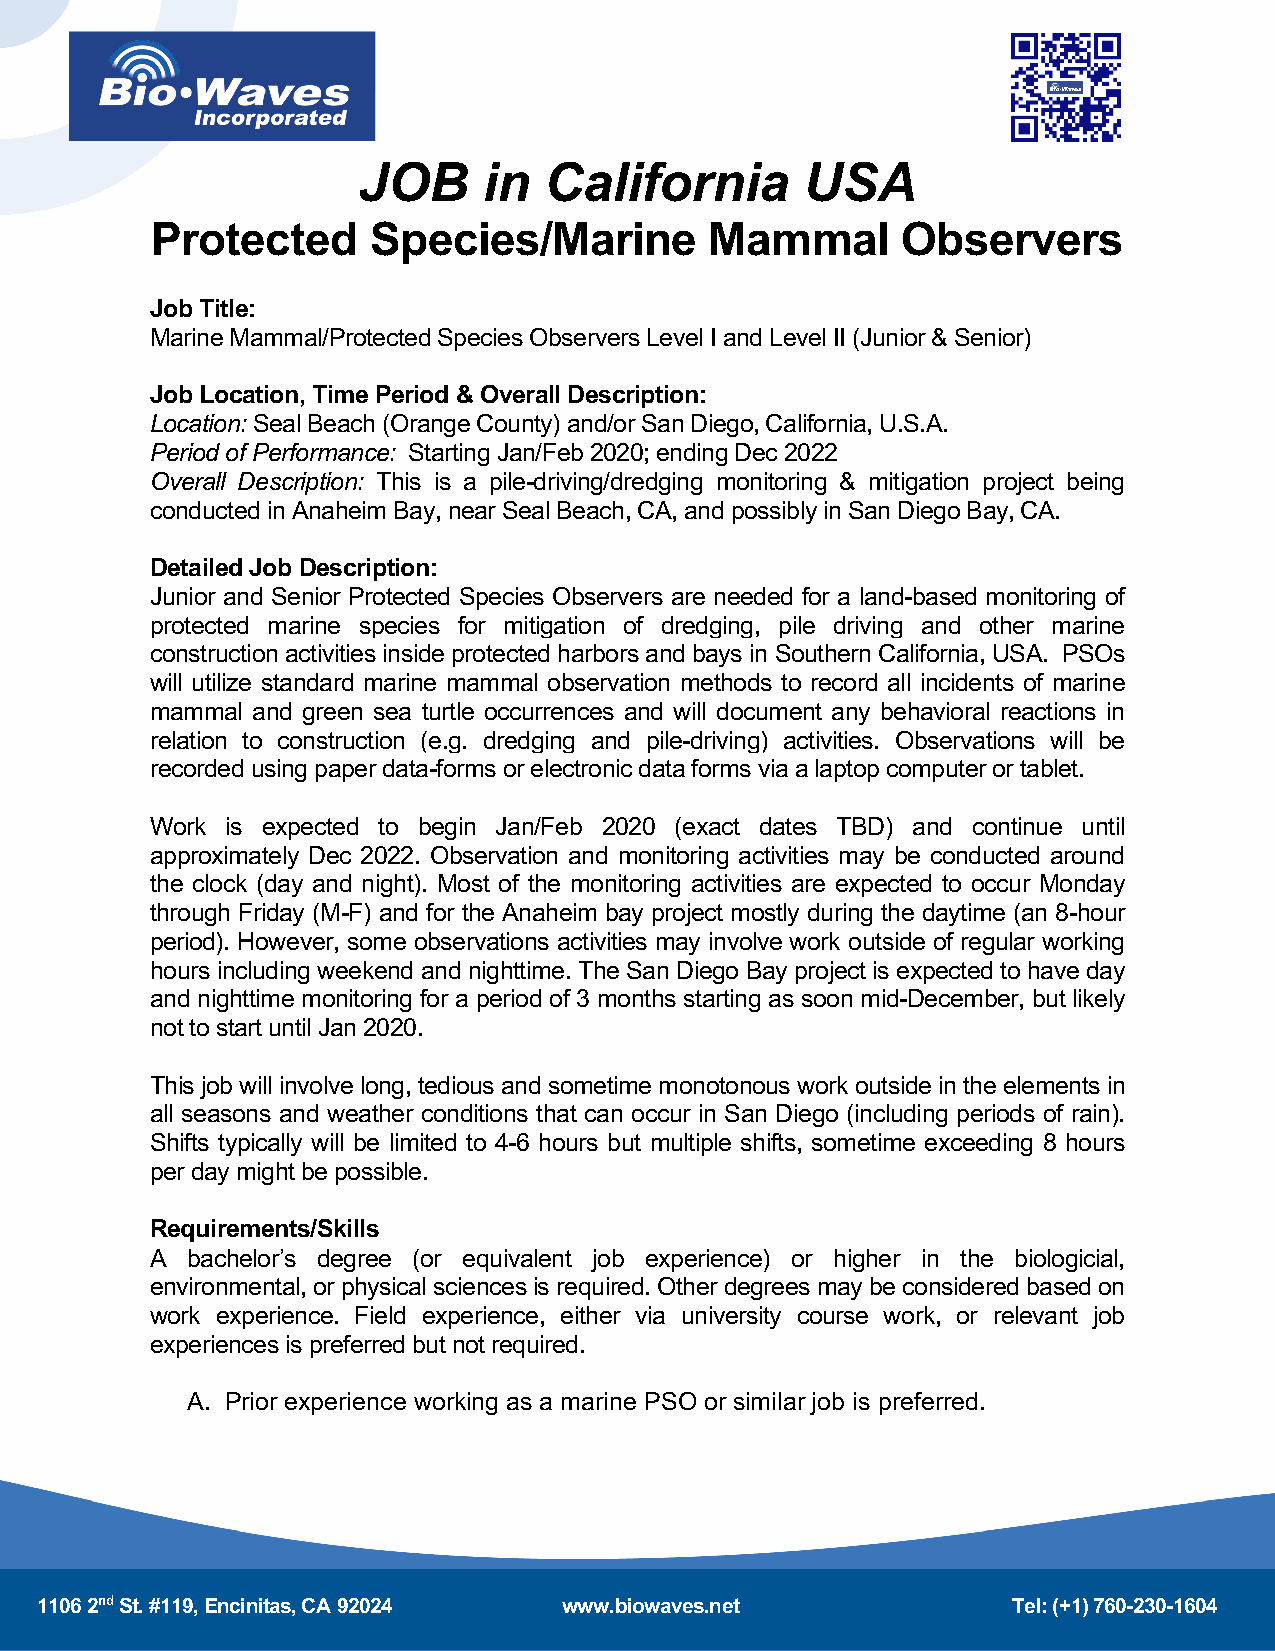
JOB     in  California       USA
 Protected      Species/Marine        Mammal       Observers
 Job Title:
 Marine Mammal/Protected Species Observers Level I and Level II (Junior & Senior)
 Job Location, Time Period & Overall Description:
 Location: Seal Beach (Orange County) and/or San Diego, California, U.S.A.
 Period of Performance: Starting Jan/Feb 2020; ending Dec 2022
 Overall Description: This is a pile-driving/dredging monitoring & mitigation project being
 conducted in Anaheim Bay, near Seal Beach, CA, and possibly in San Diego Bay, CA.
 Detailed Job Description:
 Junior and Senior Protected Species Observers are needed for a land-based monitoring of
 protected marine species for mitigation of dredging, pile driving and other marine
 construction activities inside protected harbors and bays in Southern California, USA. PSOs
 will utilize standard marine mammal observation methods to record all incidents of marine
 mammal and green sea turtle occurrences and will document any behavioral reactions in
 relation to construction (e.g. dredging and pile-driving) activities. Observations will be
 recorded using paper data-forms or electronic data forms via a laptop computer or tablet.
 Work is expected to begin Jan/Feb 2020 (exact dates TBD) and continue until
 approximately Dec 2022. Observation and monitoring activities may be conducted around
 the clock (day and night). Most of the monitoring activities are expected to occur Monday
 through Friday (M-F) and for the Anaheim bay project mostly during the daytime (an 8-hour
 period). However, some observations activities may involve work outside of regular working
 hours including weekend and nighttime. The San Diego Bay project is expected to have day
 and nighttime monitoring for a period of 3 months starting as soon mid-December, but likely
 not to start until Jan 2020.
 This job will involve long, tedious and sometime monotonous work outside in the elements in
 all seasons and weather conditions that can occur in San Diego (including periods of rain).
 Shifts typically will be limited to 4-6 hours but multiple shifts, sometime exceeding 8 hours
 per day might be possible.
 Requirements/Skills
 A bachelor’s degree (or equivalent job experience) or higher in the biologicial,
 environmental, or physical sciences is required. Other degrees may be considered based on
 work experience. Field experience, either via university course work, or relevant job
 experiences is preferred but not required.
 A. Prior experience working as a marine PSO or similar job is preferred.
 1106 2nd St. #119, Encinitas, CA 92024 www.biowaves.net          Tel: (+1) 760-230-1604